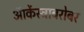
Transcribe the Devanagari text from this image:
ऑर्केस्ट्राबरोबर